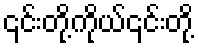
၎င်းတို့ကိုယ်၎င်းတို့